65_HS1-834228961_62-HQ-83894_Serial_153
Agency: FBI
Page 7
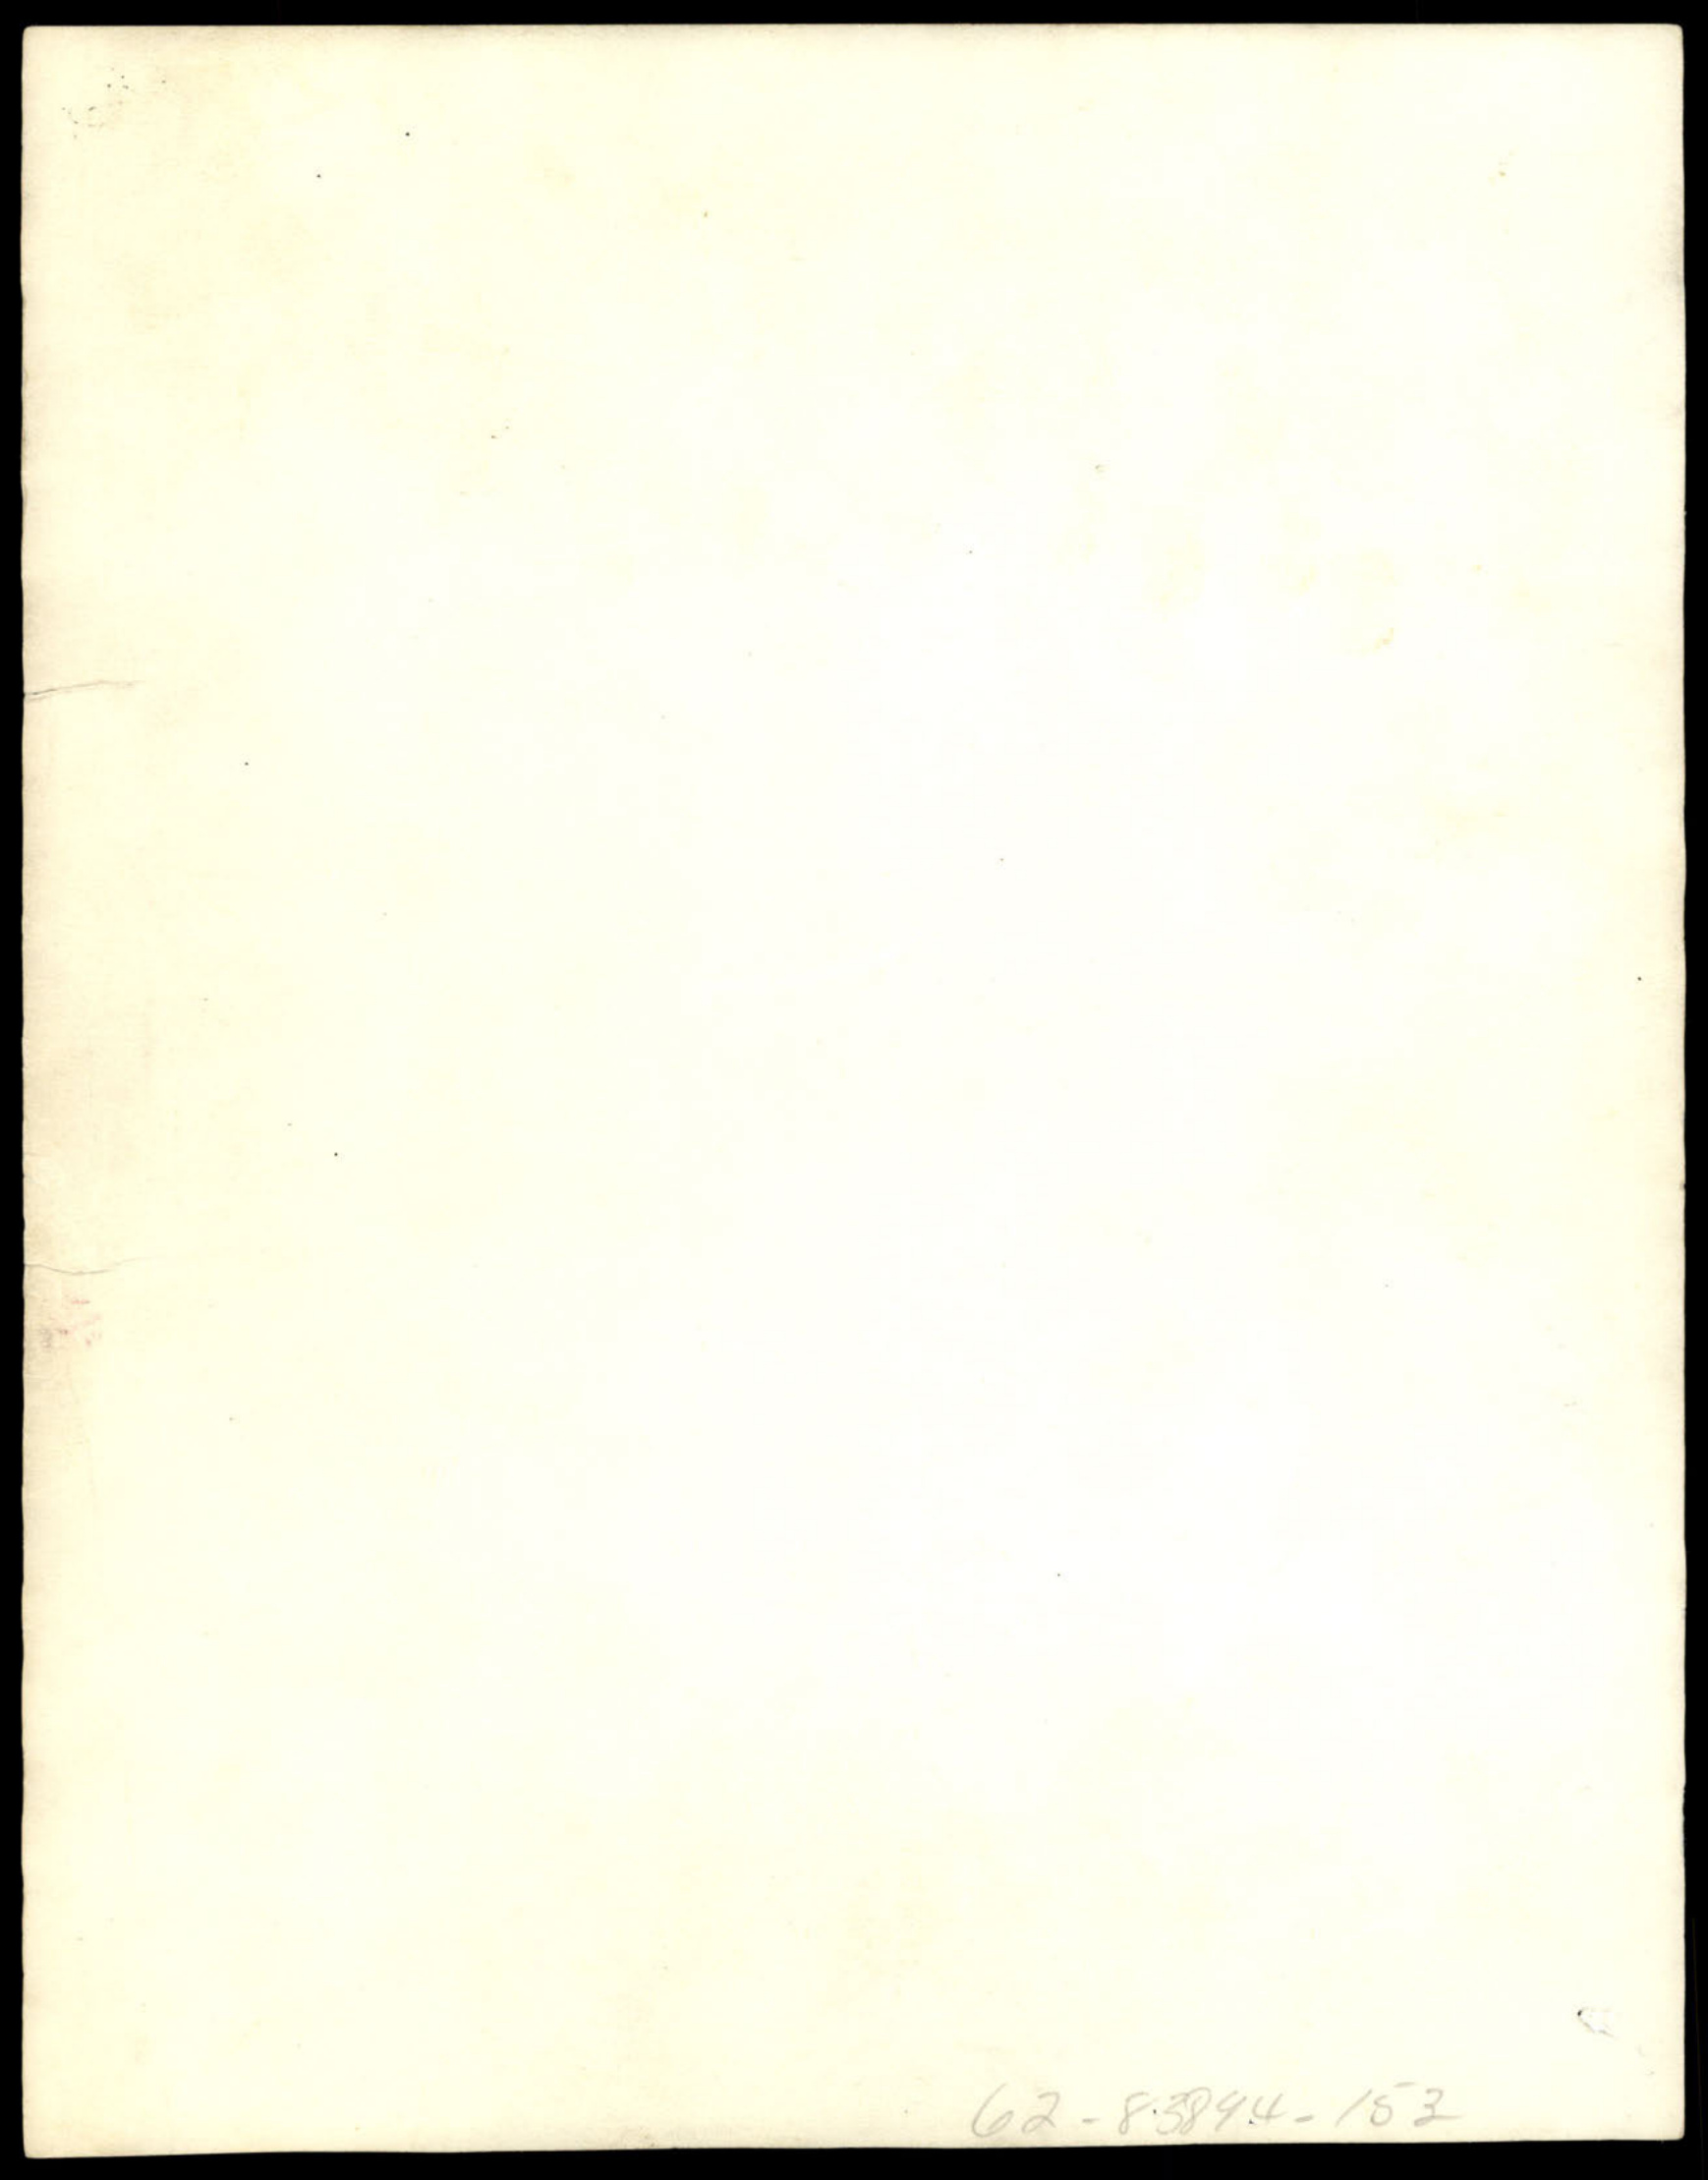